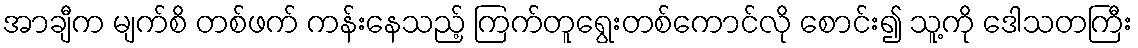
အာချီက မျက်စိ တစ်ဖက် ကန်းနေသည့် ကြက်တူရွေးတစ်ကောင်လို စောင်း၍ သူ့ကို ဒေါသတကြီး